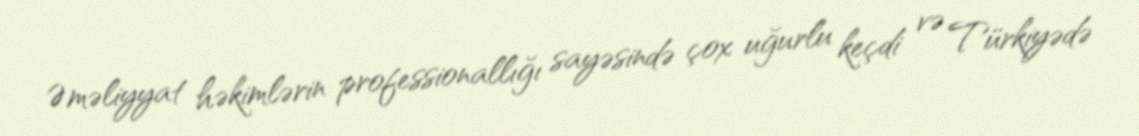
Əməliyyat həkimlərin professionallığı sayəsində çox uğurlu keçdi və Türkiyədə